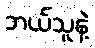
ဘယ်သူနဲ့